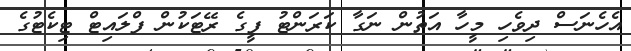
އެހެނަސް ދިވެހި މީހާ އަތުން ނަގާ ކަރަންޓު ފީގެ ރޭޓަކުން ފްލައިޓް ޓިކެޓުގެ